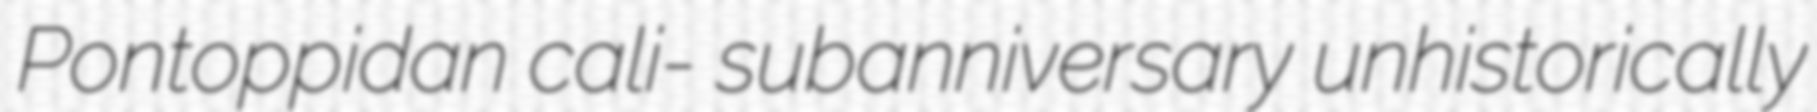
Pontoppidan cali- subanniversary unhistorically